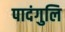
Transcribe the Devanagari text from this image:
पादंगुलि